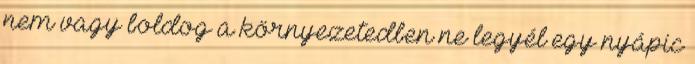
nem vagy boldog a környezetedben ne legyél egy nyápic